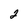
Character: 2